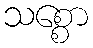
သစ္စော